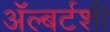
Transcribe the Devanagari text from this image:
ॲल्बर्टशी